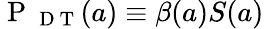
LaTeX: \mathrm{~P~}_{\mathrm{~D~T~}}(a)\equiv\beta(a)S(a)